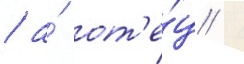
/ а́ от'е́ц /